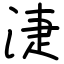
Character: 𣶏